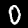
Digit: 0